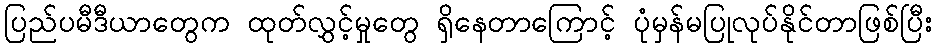
ပြည်ပမီဒီယာတွေက ထုတ်လွှင့်မှုတွေ ရှိနေတာကြောင့် ပုံမှန်မပြုလုပ်နိုင်တာဖြစ်ပြီး